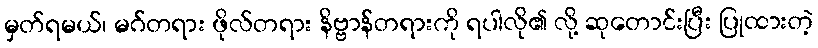
မှတ်ရမယ်၊ မဂ်တရား ဖိုလ်တရား နိဗ္ဗာန်တရားကို ရပါလို၏ လို့ ဆုတောင်းပြီး ပြုထားတဲ့